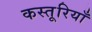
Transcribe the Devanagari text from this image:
कस्तूरियाँ